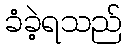
ခံခဲ့ရသည်